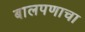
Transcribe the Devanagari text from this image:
बालपणाचा